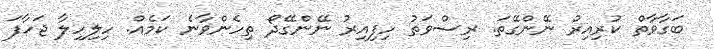
ބަގާވާތް ކުރިއިރު ނޭންގޭތަ. ރިސްވަތު ހިފިއިރު ނޭންގޭދޯ ތިހެންވާނެ ކަމެއް. ހިލިހިލާ ޖަހާފަ